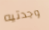
وجدتيه